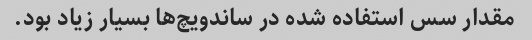
مقدار سس استفاده شده در ساندویچ‌ها بسیار زیاد بود.